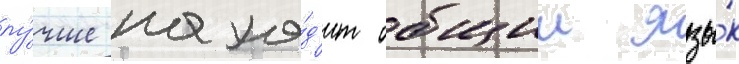
лу́чше нахо́д'ит общии язы́к